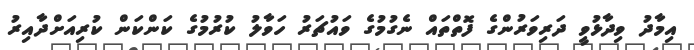
އިމާދު ވިދާޅުވީ ދަރިވަރުންގެ ފޮތްތައް ނެގުމުގެ ވައުޗަރު ހަވާލު ކުރުމުގެ ކަންކަން ކުރިއަށްދާއިރު